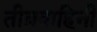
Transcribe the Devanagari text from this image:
तीव्रवाहिनी